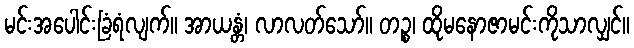
မင်းအပေါင်းခြံရံလျက်။ အာယန္တံ၊ လာလတ်သော်။ တဉ္စ၊ ထိုမနောဇာမင်းကိုသာလျှင်။